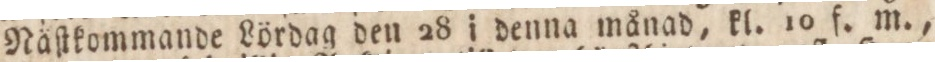
Näſtkommande Lördag den 28 i denna månad, kl. 10 f. m.,